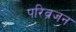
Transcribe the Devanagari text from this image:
परिव्रजन